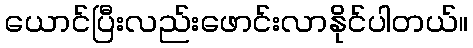
ယောင်ပြီးလည်းဖောင်းလာနိုင်ပါတယ်။